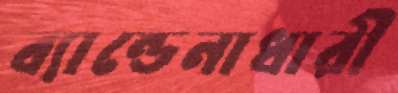
ব্যান্ডেনাধারী